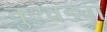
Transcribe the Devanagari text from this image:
कुरवंड्या